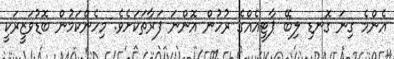
އެންމެ ގިނަ ގޮނޑި ލިބޭ ޕާޓީއެއްގެ ރުހުން އޮންނަ ފަރާތަކަށެވެ. މިހެންކަމުން ބޮޑުވަޒީރަކީ